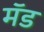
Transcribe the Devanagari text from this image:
मॅड